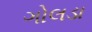
ગોલડા